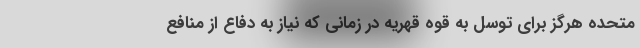
متحده هرگز برای توسل به قوه قهریه در زمانی که نیاز به دفاع از منافع